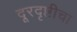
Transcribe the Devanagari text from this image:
दूरदृष्टीचा